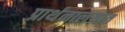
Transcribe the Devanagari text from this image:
प्रार्थनालयात